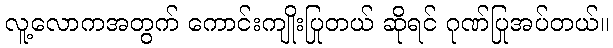
လူ့လောကအတွက် ကောင်းကျိုးပြုတယ် ဆိုရင် ဂုဏ်ပြုအပ်တယ်။